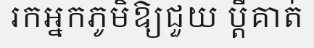
រកអ្នកភូមិឱ្យជួយ ប្តីគាត់